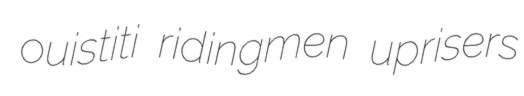
ouistiti ridingmen uprisers